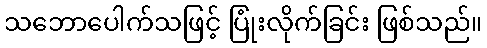
သဘောပေါက်သဖြင့် ပြုံးလိုက်ခြင်း ဖြစ်သည်။